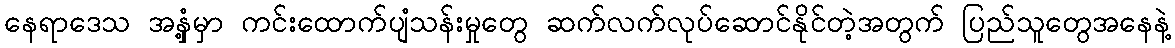
နေရာဒေသ အနှံ့မှာ ကင်းထောက်ပျံသန်းမှုတွေ ဆက်လက်လုပ်ဆောင်နိုင်တဲ့အတွက် ပြည်သူတွေအနေနဲ့